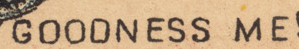
GOODNESS ME